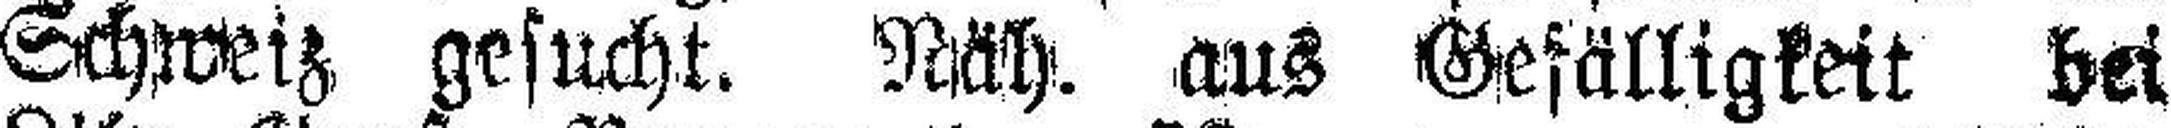
Schweiz gesucht. Näh. aus Gefälligkeit bei